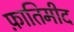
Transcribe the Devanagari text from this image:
फ़ातिमीद